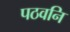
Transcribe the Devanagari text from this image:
पठवनि